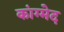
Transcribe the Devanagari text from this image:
कांग्मेद